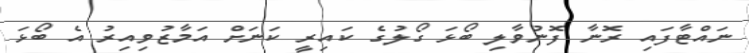
ނައްޓާފައި ރޮނާ ފޮނުވާލި ބޯޅަ ގޯލުގެ ކައިރީ ކަނަށް އަމާޒުވިއިރު އެ ބޯޅަ